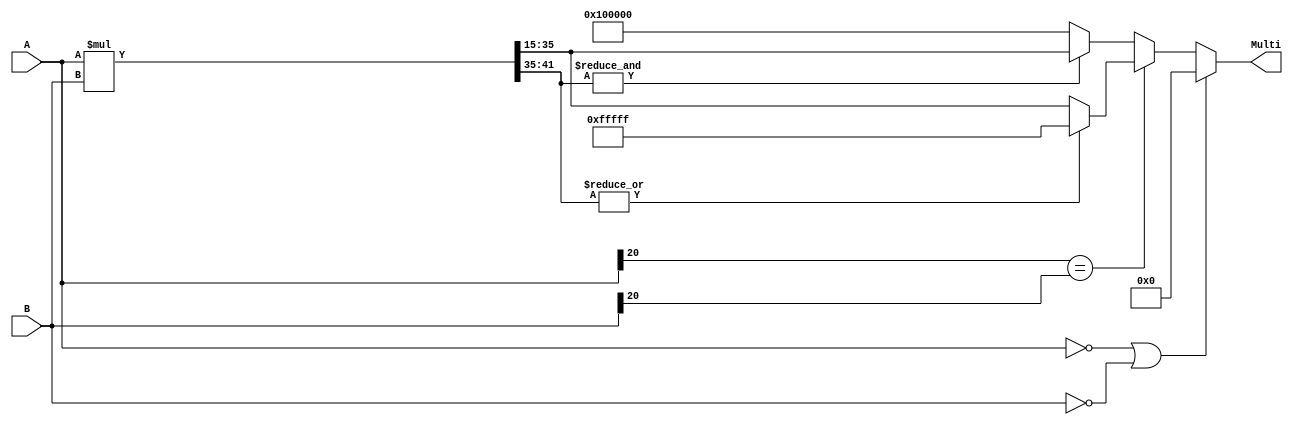
`timescale 1ns / 1ps
//////////////////////////////////////////////////////////////////////////////////
// Company: 
// Engineer: 
// 
// Design Name: 
// Module Name:    Multiplicacion 
// Project Name: 
// Target Devices: 
// Tool versions: 
// Description: 
//
// Dependencies: 
//
// Revision: 
// Revision 0.01 - File Created
// Additional Comments: 
//
//////////////////////////////////////////////////////////////////////////////////
module Multiplicacion #(parameter size=21, parameter sign=1, parameter pf=15, parameter mag=5)
	(
		input wire signed [size-1:0] A, B,
		//input wire clk,
		output wire signed [size-1:0] Multi //wire->reg
    );
	 
reg signed[size*2-1:0] Multg;

always @ *
begin
	Multg=A*B;
	if (A=={size{1'b0}} | B=={size{1'b0}})
		Multg={(size*2){1'b0}};
	else
	begin
		if(A[size-1]==B[size-1]) 
		begin
			if(|Multg[size*2-1:size*2-1-sign*2-mag+1])
				Multg[size*2-sign*2-mag:pf]={1'b0,{(size-1){1'b1}}};
		end
		else 
		begin
			if(~&Multg[size*2-1:size*2-1-sign*2-mag+1])
				Multg[size*2-sign*2-mag:pf]={1'b1,{(size-1){1'b0}}};
		end
	end
end

assign Multi=Multg[size*2-sign*2-mag:pf];

//always @ (posedge clk)
//begin
//	Multi<=Multg[size*2-sign*2-mag:pf];
//end

endmodule